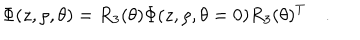
LaTeX: \Phi ( z , \rho , \theta ) = R _ { 3 } ( \theta ) \Phi ( z , \rho , \theta = 0 ) R _ { 3 } ( \theta ) ^ { T } \quad .